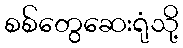
စစ်တွေဆေးရုံသို့